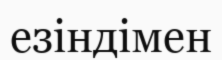
езіндімен